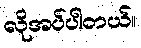
လိုအပ်ပါတယ်။